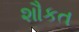
શૌકત